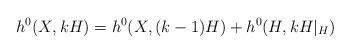
LaTeX: \begin{align*}h^0(X, kH)=h^0(X, (k-1)H)+h^0(H, kH|_H)\end{align*}